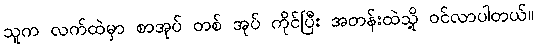
သူက လက်ထဲမှာ စာအုပ် တစ် အုပ် ကိုင်ပြီး အတန်းထဲသို့ ဝင်လာပါတယ်။